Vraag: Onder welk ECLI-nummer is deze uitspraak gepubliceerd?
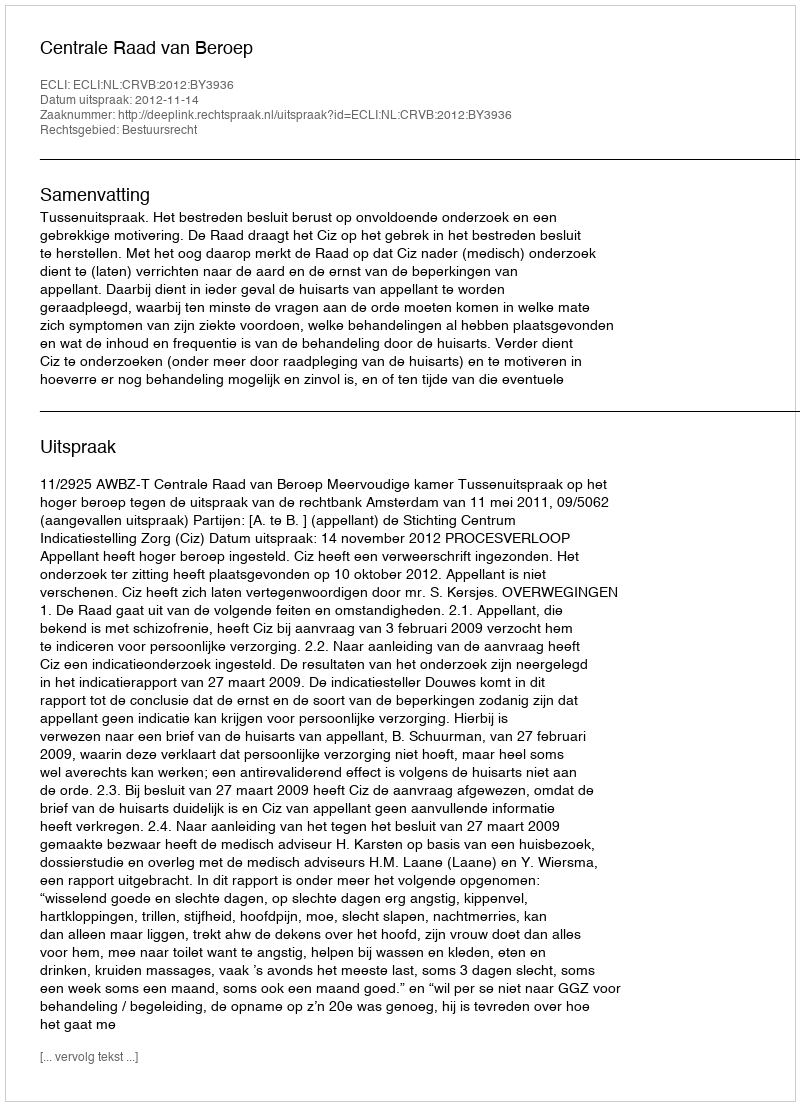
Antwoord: ECLI:NL:CRVB:2012:BY3936